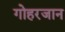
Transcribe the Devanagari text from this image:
गोहरजान